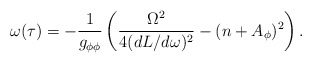
\begin{align*}\omega (\tau)=-\frac{1}{g_{\phi\phi}}\left(\frac{\Omega^2}{4(dL/d\omega)^2}-(n+A_\phi)^2\right).\end{align*}